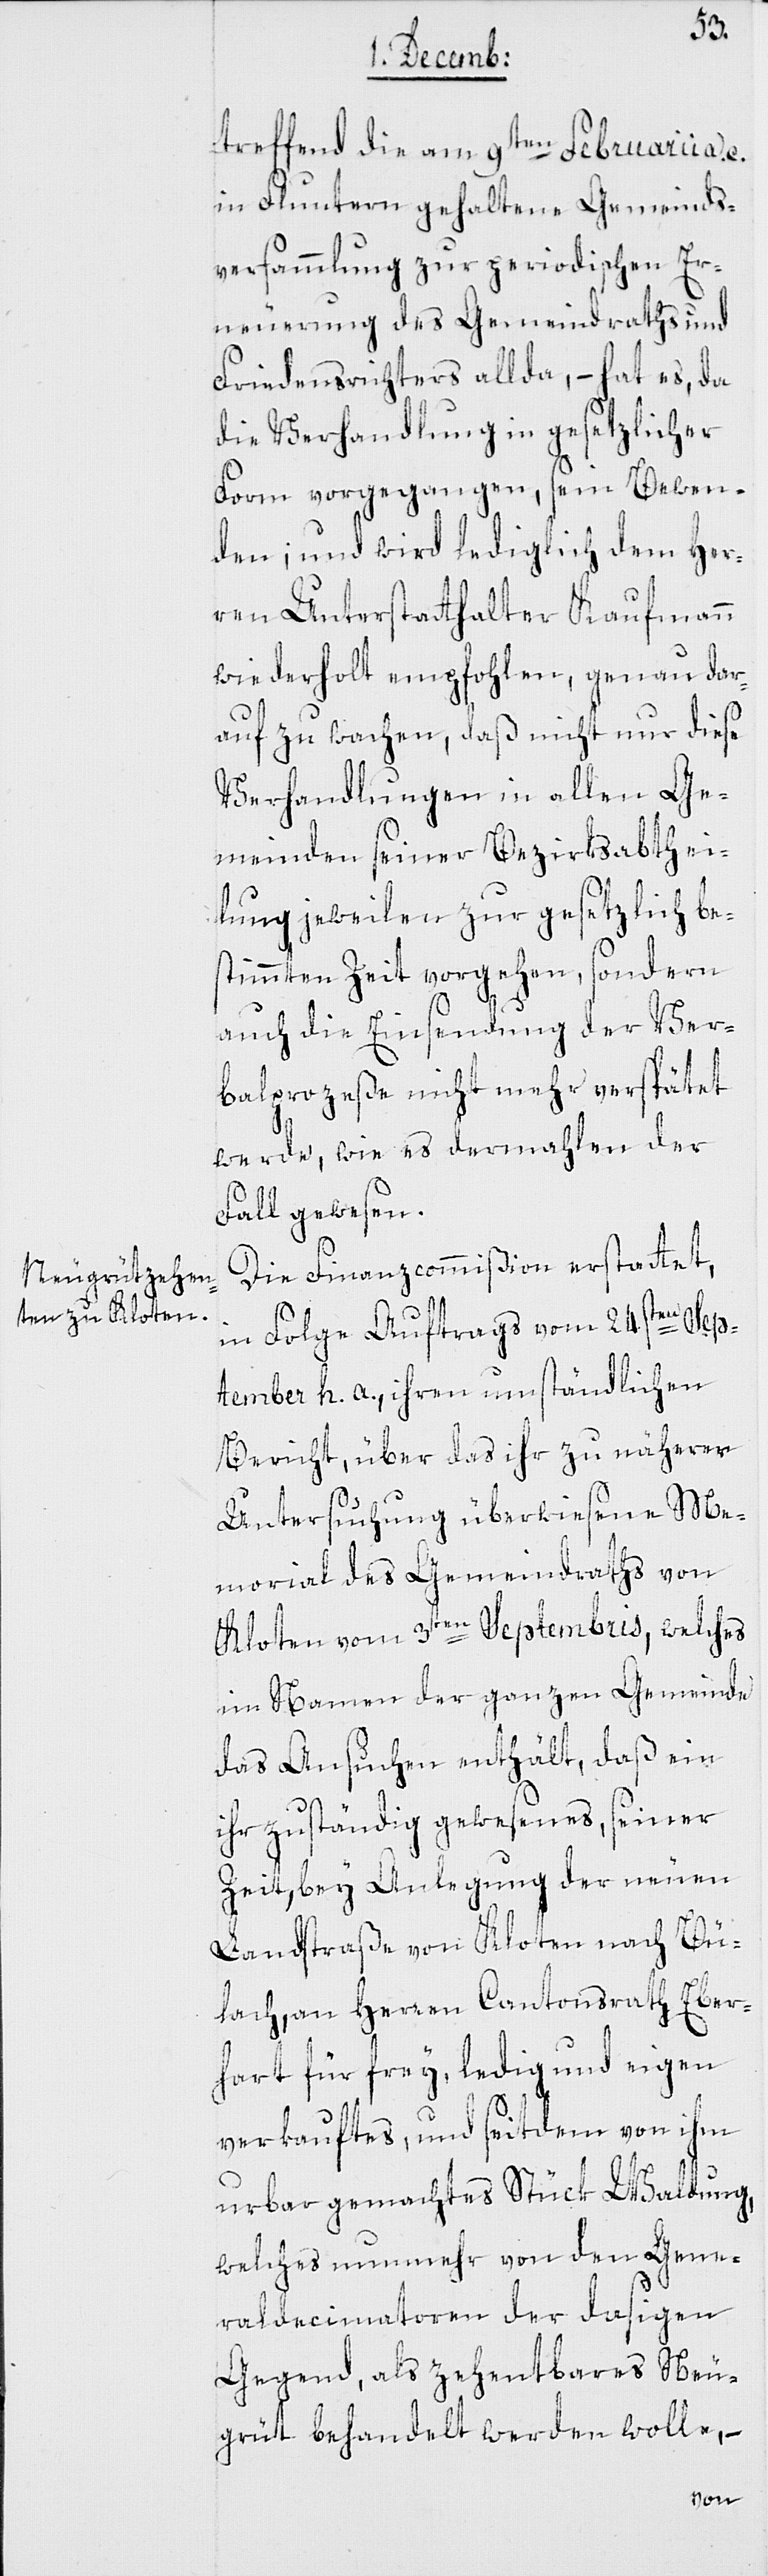
treffend die am 9ten Februarii a.
in Fluntern gehaltene Gemeinds-v¬
ersammlung zur periodischen Er¬
neuerung des Gemeindraths und
Friedensrichters allda, – hat es, da
die Verhandlung in gesezlicher
Form vorgegangen, sein Bewen¬
den; und wird lediglich dem Her¬
ren Unterstatthalter Kaufmann
wiederholt empfohlen, genau dar¬
auf zu wachen, daß nicht nur diese
Verhandlungen in allen Ge¬
meinden seiner Bezirksabthei¬
lung jeweilen zur gesetzlich be¬
stimmten Zeit vorgehen, sondern
auch die Einsendung der Ver¬
balprozeße nicht mehr verspätet
werde, wie es dermahlen der
Fall gewesen.
Die Finanzcommißion erstattet,
in Folge Auftrags vom 24sten Sep¬
tember h. a., ihren umständlichen
Bericht, über das ihr zu näherer
Untersuchung überwiesene Me¬
morial des Gemeindraths von
Kloten vom 3ten Septembris, welches
im Namen der ganzen Gemeinde
das Ansuchen enthält, daß ein
ihr zuständig gewesenes, seiner
Zeit, bey Anlegung der neuen
Landstraße von Kloten nach Bü¬
lach, an Herren Cantonsrath Eber¬
hart für frey, ledig und eigen
verkauftes, und seitdem von ihm
urbar gemachtes Stück Waldung,
welches nunmehr von den Gene¬
raldecimatoren der dasigen
Gegend, als zehentbares Neu¬
grüt behandelt werden wolle, –